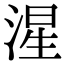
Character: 湦